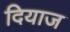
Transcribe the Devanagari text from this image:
दियाज